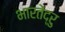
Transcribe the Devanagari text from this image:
भारतेंद्रु